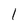
Character: l